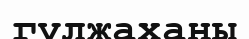
гүлжаханы